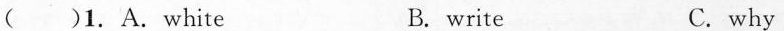
( )1. A. White B.write C. why